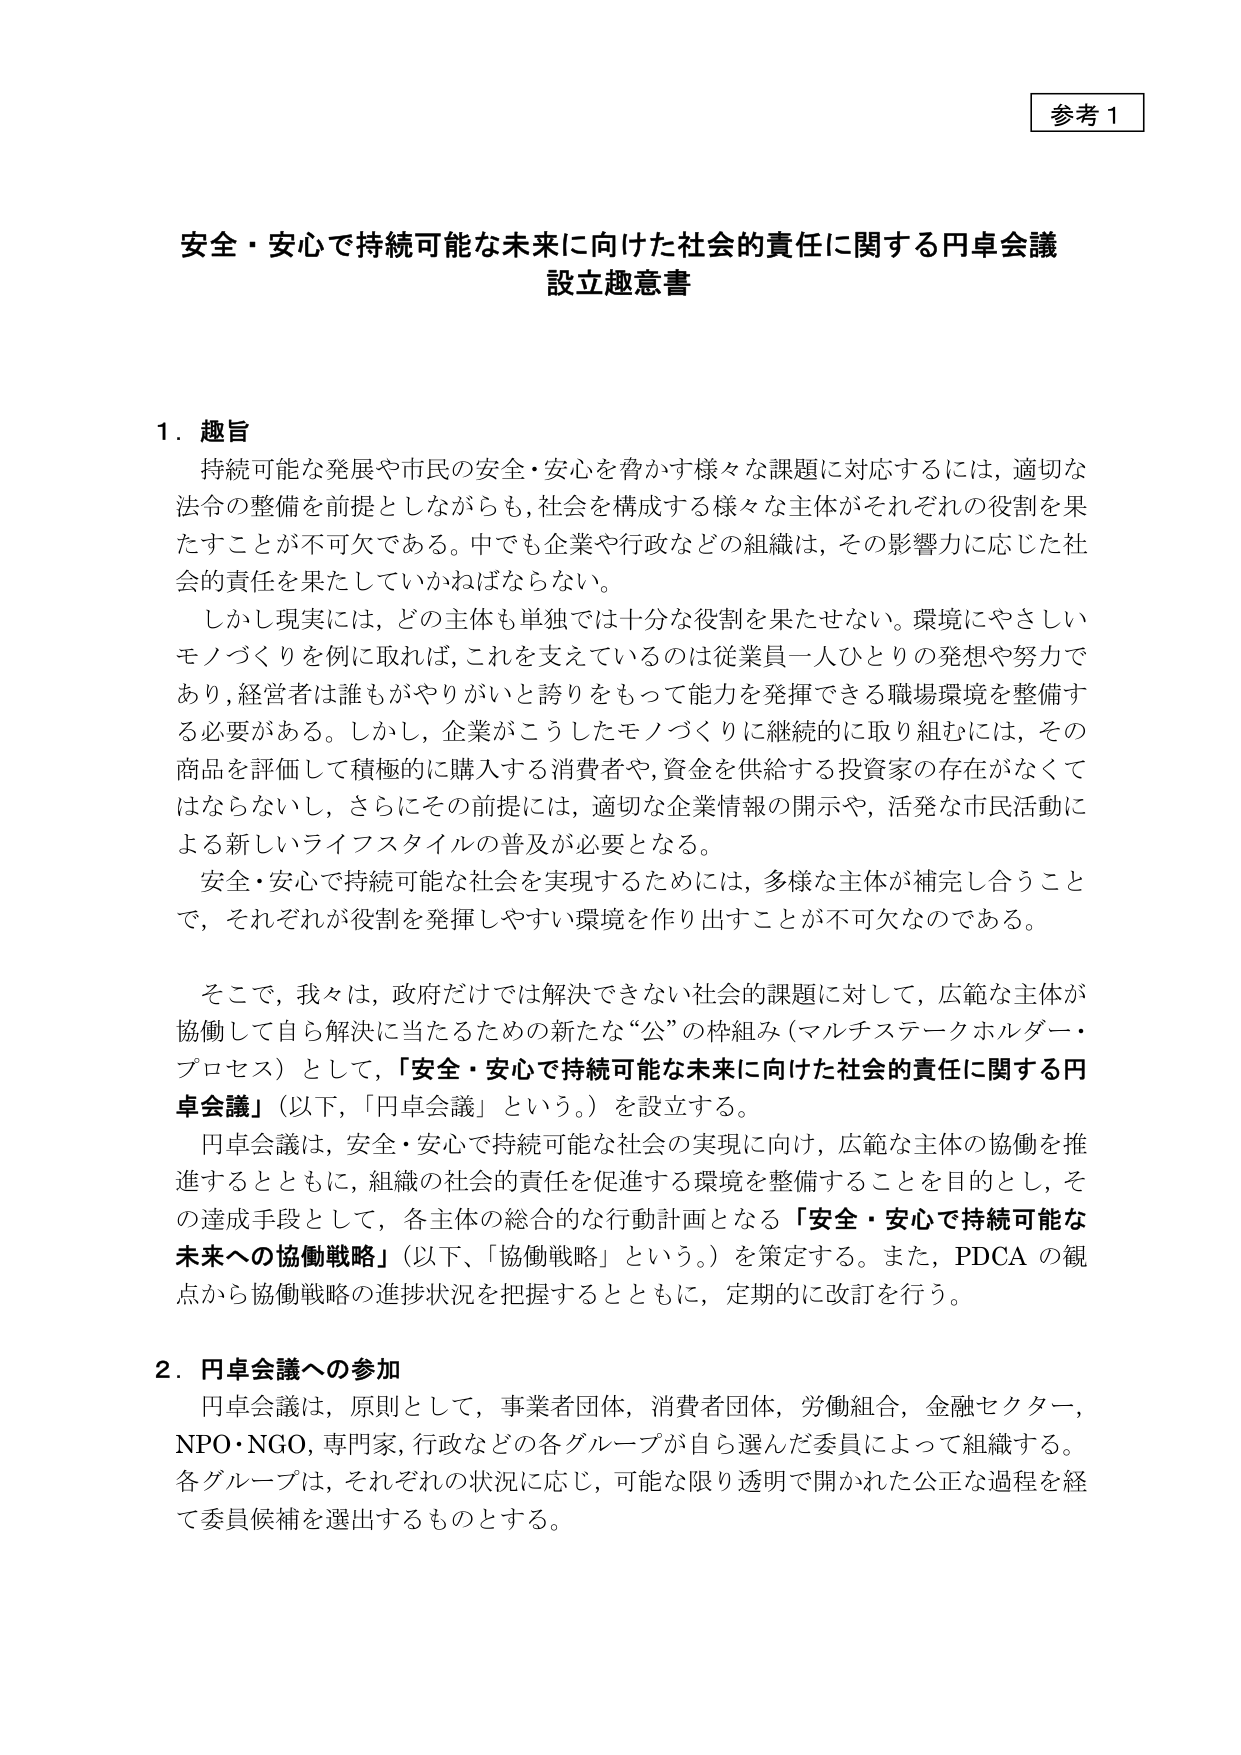
参考１

安全・安心で持続可能な未来に向けた社会的責任に関する円卓会議
設立趣意書

１．趣旨
持続可能な発展や市民の安全・安心を脅かす様々な課題に対応するには，適切な法令の整備を前提としながらも，社会を構成する様々な主体がそれぞれの役割を果たすことが不可欠である。中でも企業や行政などの組織は，その影響力に応じた社会的責任を果たしていかねばならない。
しかし現実には，どの主体も単独では十分な役割を果たせない。環境にやさしいモノづくりを例に取れば，これを支えているのは従業員一人ひとりの発想や努力であり，経営者は誰もがやりがいと誇りをもって能力を発揮できる職場環境を整備する必要がある。しかし，企業がこうしたモノづくりに継続的に取り組むには，その商品を評価して積極的に購入する消費者や，資金を供給する投資家の存在がなくてはならないし，さらにその前提には，適切な企業情報の開示や，活発な市民活動による新しいライフスタイルの普及が必要となる。
安全・安心で持続可能な社会を実現するためには，多様な主体が補完し合うことで，それぞれが役割を発揮しやすい環境を作り出すことが不可欠なのである。
そこで，我々は，政府だけでは解決できない社会的課題に対して，広範な主体が協働して自ら解決に当たるための新たな“公”の枠組み（マルチステークホルダー・プロセス）として，「安全・安心で持続可能な未来に向けた社会的責任に関する円卓会議」（以下，「円卓会議」という。）を設立する。
円卓会議は，安全・安心で持続可能な社会の実現に向け，広範な主体の協働を推進するとともに，組織の社会的責任を促進する環境を整備することを目的とし，その達成手段として，各主体の総合的な行動計画となる「安全・安心で持続可能な未来への協働戦略」（以下，「協働戦略」という。）を策定する。また，PDCAの観点から協働戦略の進捗状況を把握するとともに，定期的に改訂を行う。

２．円卓会議への参加
円卓会議は，原則として，事業者団体，消費者団体，労働組合，金融セクター，NPO・NGO，専門家，行政などの各グループが自ら選んだ委員によって組織する。各グループは，それぞれの状況に応じ，可能な限り透明で開かれた公正な過程を経て委員候補を選出するものとする。